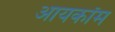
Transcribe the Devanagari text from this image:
आयकॉम